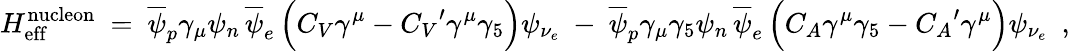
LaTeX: H_{\mathrm{eff}}^{\mathrm{nucleon}}\ =\ \overline{{{\psi}}}_{p}\gamma_{\mu}\psi_{n}\, \overline{{{\psi}}}_{e}\, \Big(C_{V}\gamma^{\mu}-{C_{V}}^{\prime}\gamma^{\mu}\gamma_{5}\Big)\psi_{\nu_{e}}\ -\ \overline{{{\psi}}}_{p}\gamma_{\mu}\gamma_{5}\psi_{n}\, \overline{{{\psi}}}_{e}\, \Big(C_{A}\gamma^{\mu}\gamma_{5}-{C_{A}}^{\prime}\gamma^{\mu}\Big)\psi_{\nu_{e}}\ \ ,